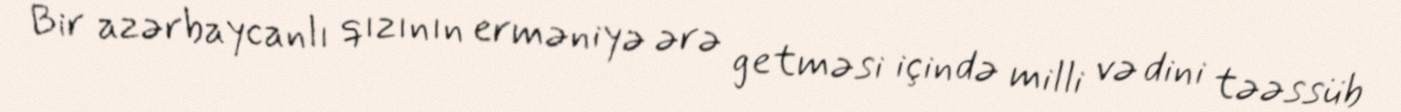
Bir azərbaycanlı qızının erməniyə ərə getməsi içində milli və dini təəssüb